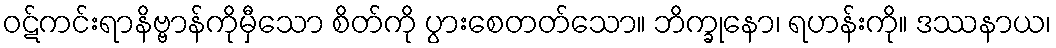
ဝဋ်ကင်းရာနိဗ္ဗာန်ကိုမှီသော စိတ်ကို ပွားစေတတ်သော။ ဘိက္ခုနော၊ ရဟန်းကို။ ဒဿနာယ၊